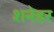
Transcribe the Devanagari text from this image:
शनेडर